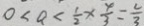
0 < a < \frac { 1 } { 2 } \times \frac { 4 } { 3 } = \frac { 2 } { 3 }